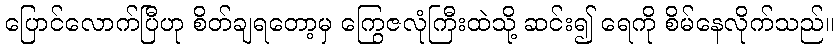
ပြောင်လောက်ပြီဟု စိတ်ချရတော့မှ ကြွေဇလုံကြီးထဲသို့ ဆင်း၍ ရေကို စိမ်နေလိုက်သည်။